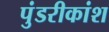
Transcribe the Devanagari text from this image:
पुंडरीकांश